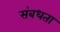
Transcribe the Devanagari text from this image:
संबधता